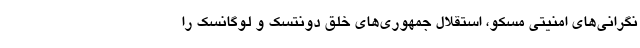
نگرانی‌های امنیتی مسکو، استقلال جمهوری‌های خلق دونتسک و لوگانسک را